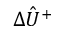
\hat { \Delta U ^ { + } }